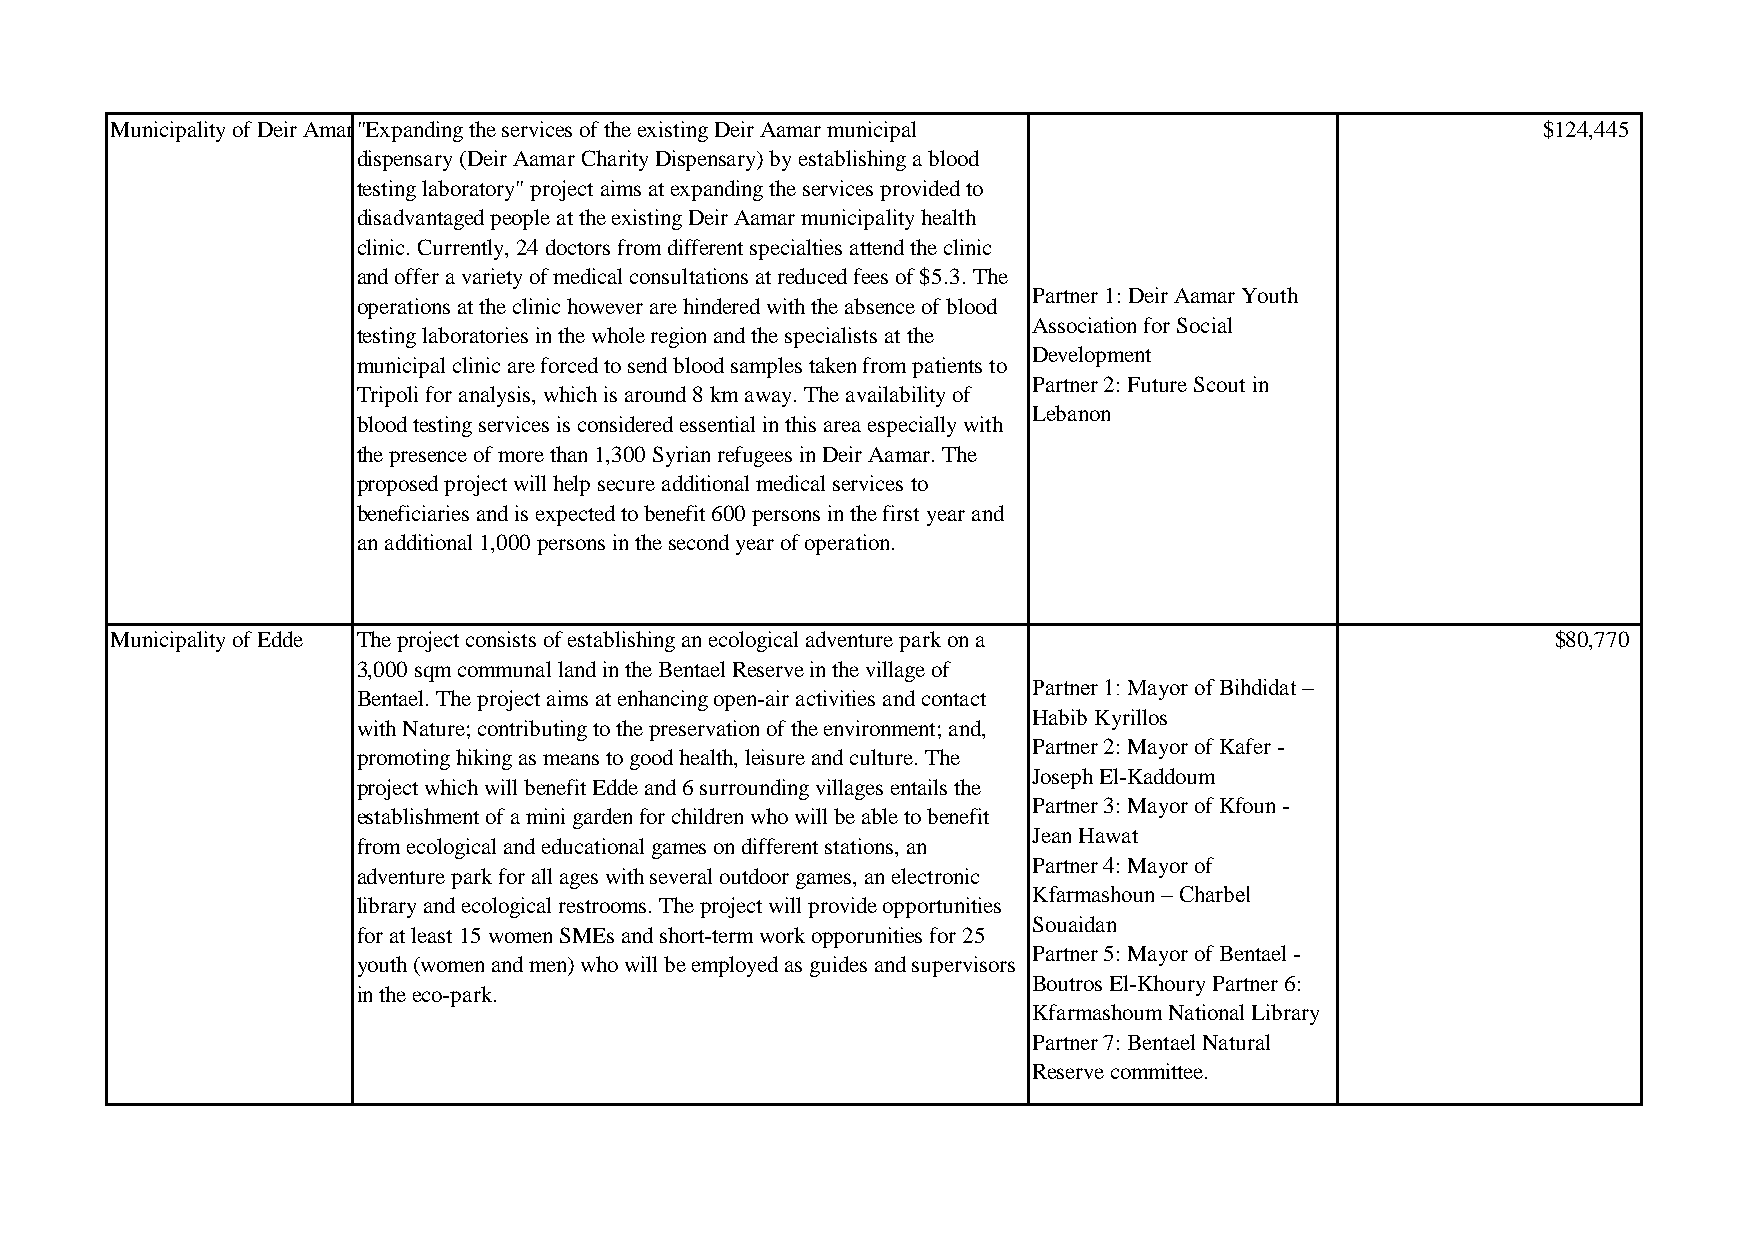
Municipality of Deir Amar"Expanding the services of the existing Deir Aamar municipal          $124,445
 dispensary (Deir Aamar Charity Dispensary) by establishing a blood
 testing laboratory" project aims at expanding the services provided to
 disadvantaged people at the existing Deir Aamar municipality health
 clinic. Currently, 24 doctors from different specialties attend the clinic
 and offer a variety of medical consultations at reduced fees of $5.3. The
 Partner 1: Deir Aamar Youth
 operations at the clinic however are hindered with the absence of blood
 Association for Social
 testing laboratories in the whole region and the specialists at the
 Development
 municipal clinic are forced to send blood samples taken from patients to
 Partner 2: Future Scout in
 Tripoli for analysis, which is around 8 km away. The availability of
 Lebanon
 blood testing services is considered essential in this area especially with
 the presence of more than 1,300 Syrian refugees in Deir Aamar. The
 proposed project will help secure additional medical services to
 beneficiaries and is expected to benefit 600 persons in the first year and
 an additional 1,000 persons in the second year of operation.
 Municipality of Edde The project consists of establishing an ecological adventure park on a     $80,770
 3,000 sqm communal land in the Bentael Reserve in the village of
 Partner 1: Mayor of Bihdidat –
 Bentael. The project aims at enhancing open-air activities and contact
 Habib Kyrillos
 with Nature; contributing to the preservation of the environment; and,
 Partner 2: Mayor of Kafer -
 promoting hiking as means to good health, leisure and culture. The
 Joseph El-Kaddoum
 project which will benefit Edde and 6 surrounding villages entails the
 Partner 3: Mayor of Kfoun -
 establishment of a mini garden for children who will be able to benefit
 Jean Hawat
 from ecological and educational games on different stations, an
 Partner 4: Mayor of
 adventure park for all ages with several outdoor games, an electronic
 Kfarmashoun – Charbel
 library and ecological restrooms. The project will provide opportunities
 Souaidan
 for at least 15 women SMEs and short-term work opporunities for 25
 Partner 5: Mayor of Bentael -
 youth (women and men) who will be employed as guides and supervisors
 Boutros El-Khoury Partner 6:
 in the eco-park.
 Kfarmashoum National Library
 Partner 7: Bentael Natural
 Reserve committee.